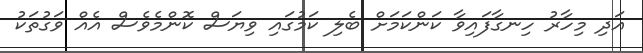
އަދި މިހާރު ހިނގާފައިވާ ކަންކަމަށް ބެލި ކަމުގައި ވިޔަސް ކޮންމެވެސް އެއް ވަގުތަކު